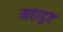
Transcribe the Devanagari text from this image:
महादुष्ट